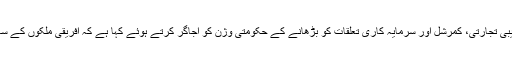
15 نومبر2018ء) وزیر خارجہ شاہ محمود قریشی نے براعظم افریقہ کے ساتھ قریبی تجارتی، کمرشل اور سرمایہ کاری تعلقات کو بڑھانے کے حکومتی وژن کو اجاگر کرتے ہوئے کہا ہے کہ افریقی ملکوں کے ساتھ تعلقات میں تیزی سے اضافہ موجودہ حکومت کی خارجہ پالیسی کا اہم ستون ہے۔